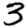
Digit: 3